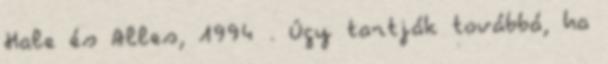
Hale és Alles, 1994 . Úgy tartják továbbá, ha